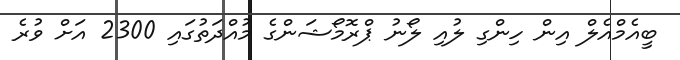
ބީއެމްއެލް އިން ހިންގި ލުއި ލޯނު ޕްރޮމޯޝަންގެ މުއްދަތުގައި 2300 އަށް ވުރެ